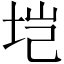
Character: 垲